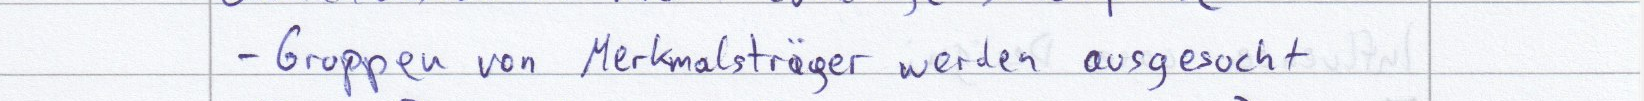
- Gruppen von Merkmalsträger werden ausgesucht